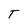
Character: T